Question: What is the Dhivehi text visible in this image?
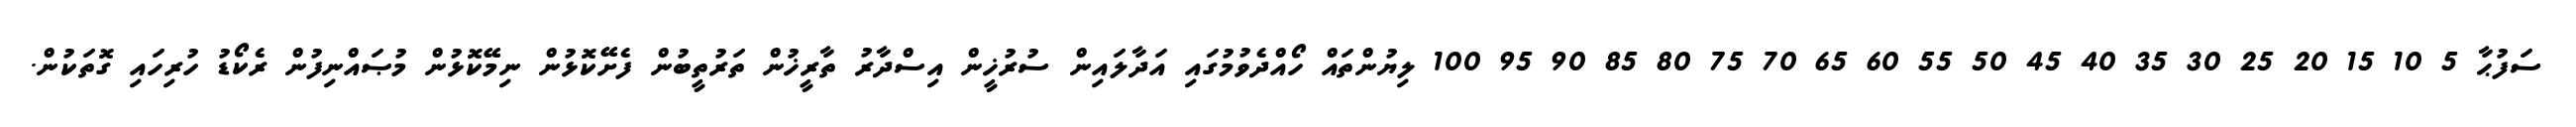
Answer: ސަފުޙާ 5 10 15 20 25 30 35 40 45 50 55 60 65 70 75 80 85 90 95 100 ލިޔުންތައް ހޯއްދެވުމުގައި އަދާލައިން ސުރުޚީން އިސްދާރު ތާރީޚުން ތަރުތީބުން ފެށޭކޮޅުން ނިމޭކޮޅުން މުޞައްނިފުން ރެކޯޑު ހުރިހައި ގޮތަކުން.